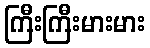
ကြီးကြီးမားမား